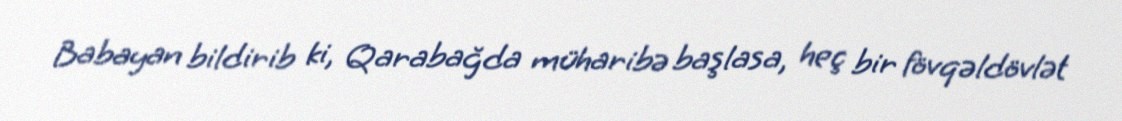
Babayan bildirib ki, Qarabağda müharibə başlasa, heç bir fövqəldövlət